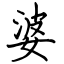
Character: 婆